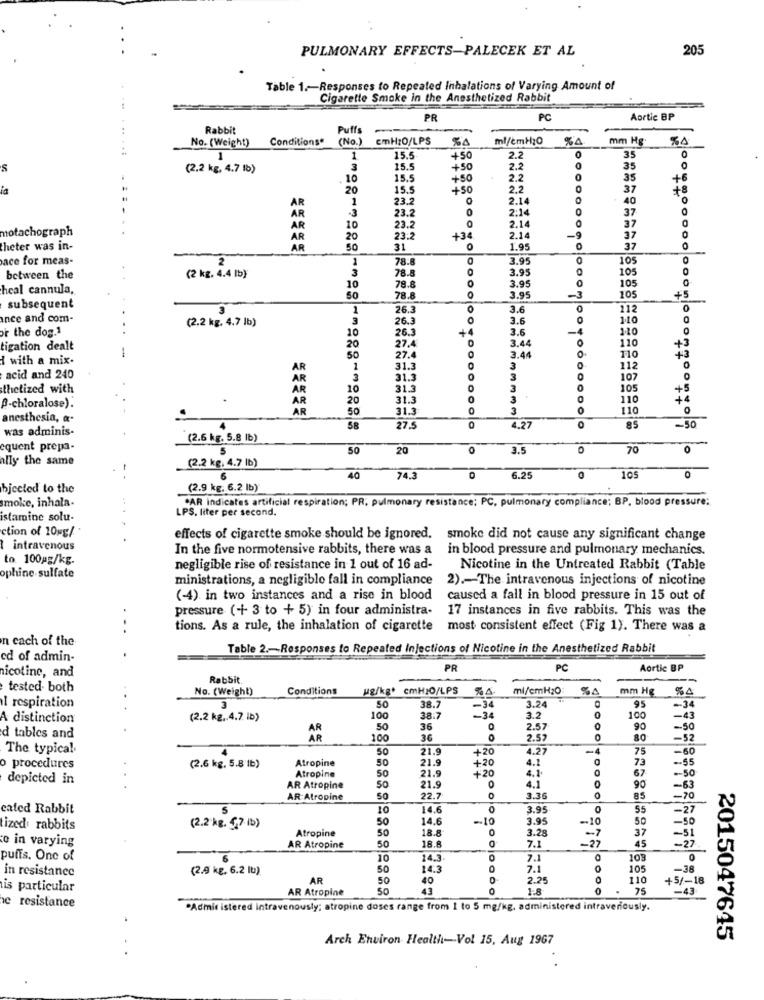
PULMONARY EFFECTS-PALECEK ET AL
205
Table 1 .- Responses to Repeated Inhalations of Varying Amount of
Cigarette Smoke in the Anesthetized Rabbit
PR
PC
Aortic BP
Rabbit
Puff
No. (Weight)
Conditions*
(No.
cmH2O/LPS
ml/cmH2O
%4
mm Hg.
35
1
1
15.5
+50
2.2
0
S
(2.2 kg, 4.7 1b)
3
15.5
+50
2.2
35
OO
10
15.5
++50
2.2
35
+6
la
20
15.5
+50
2.2
37
+8
AR
1
23.2
2.14
O
40
23.2
0
2:14
37
AR
-3
notachograph
AR
10
23.2
2.14
37
AR
20
23:2
+3
2.14
37
theter was in-
AR
50
31
1.95
37
ace for meas-
2
78.8
3.95
105
1
3
78.8
0
3.95
105
0
between the
(2 kg. 4.4 lb)
heal cannula,
10
78.8
O
3.99
105
105
78.8
3.95
+5
subsequent
1
26.3
3.6
112
0
ance and com-
(2.2 kg. 4.7 lb)
3
26.3
3.6
110
or the dog.1
26.3
3.6
110
0
10
27.4
3.44
110
tigation dealt
-
20
0
+3
{ with a mix-
50
27.4
3.44
0
110
AR
1
31.3
4000
3
112
0
acid and 240
3
31.3
3
107
thetized with
AR
10
31.3
3
105
+
20
31.3
3
0
110
+4
"-chloralose).
AR
50
31.3
0
3
0
110
anesthesia, &-
was adminis-
4
58
27,5
0
4.27
85
-50
(2.6 kg. 5.8 lb)
cquent prepa-
5
50
20
0
3.5
0
70
ally the same
(2.2 kg, 4.7 lb)
105
40
74.3
6.25
bjected to the
(2.9 kg. 6.2 lb)
CAR indicates artificial respiration; PR, pulmonary resistance; PC, pulmonary compliance; BP, blood pressure:
smoke, inhala-
LPS. liter per second.
istamine solu-
ction of 10 g/
effects of cigarette smoke should be ignored, smoke did not cause any significant change
1 intravenous
In the five normotensive rabbits, there was a
in blood pressure and pulmonary mechanics.
to 100mg/kg.
negligible rise of resistance in 1 out of 16 ad-
Nicotine in the Untreated Rabbit (Table
ophine sulfate
ministrations, a negligible fall in compliance
2) .- The intravenous injections of nicotine
(-4) in two instances and a rise in blood
caused a fall in blood pressure in 15 out of
pressure (+ 3 to + 5) in four administra-
17 instances in five rabbits. This was the
..
tions. As a rule, the inhalation of cigarette
most consistent effect (Fig 1). There was a
n cach of the
Table 2 .- Responses to Repeated Injections of Nicotine in the Anesthetized Rabbit
ed of admin-
nicotine, and
PR
PC
Aortic BP
Rabbit.
tested. both
No. (Weight)
Conditions
ug/kg. cmH2O/LPS
ml/cmH20
mm Hg
%A
50
3.24
95
l respiration
3
38.7
-34
0
-- 34
A distinction
(2.2 kg .. 4.7 lb)
100
38.7
-34
3.2
100
-43
50
36
0
2.57
O
90
-50
d tables and
100
36
0
2.57
0
80
-52
The typical
50
21.9
+20
4.27
75
-60
Atropine
50
21.9
+20
73
-55
o procedures
(2.6 kg, 5.8 1b)
Atropine
50
21.9
4.1
0
67
depicted in
+20
4.1
0
-- 50
. .
AR Atropine
SO
21.9
4.1
90
-63
AR:Atropine
50
22.7
3.36
-70
cated Rabbit
S
14.6
0
3.9
0
55
-27
50
14.6
-10
3.95
-10
50
-50
tized rabbits
(2.2 kg. 5,7 (b)
Atropine
50
18.8
0
3.28
37
e in varying
50
18.A
7.1
-7
-27
45
-51
AR Atropine
-27.
puffs. One of
10
14.3
0
7.1
10
0
in resistance
(2.9 kg. 6.2 lu)
50
14.3
0
7.1
105
-38
AR
50
40
2.25
110
+5/-18
is particular
AR Atropine
43
1.8
75
-43
e resistance
"Admis istered intravenously; atropine doses range from I to 5 mg/kg, administered intravenously.
Arch Environ Health-Vol 15, Aug 1967
2015047645